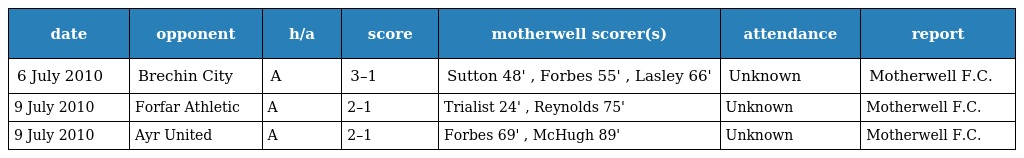
| date | opponent | h/a | score | motherwell scorer(s) | attendance | report |
 | --- | --- | --- | --- | --- | --- | --- |
 | 6 July 2010 | Brechin City | A | 3–1 | Sutton 48' , Forbes 55' , Lasley 66' | Unknown | Motherwell F.C. |
 | 9 July 2010 | Forfar Athletic | A | 2–1 | Trialist 24' , Reynolds 75' | Unknown | Motherwell F.C. |
 | 9 July 2010 | Ayr United | A | 2–1 | Forbes 69' , McHugh 89' | Unknown | Motherwell F.C. |